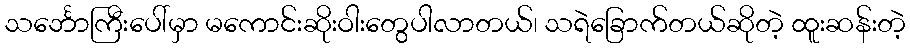
သင်္ဘောကြီးပေါ်မှာ မကောင်းဆိုးဝါးတွေပါလာတယ်၊ သရဲခြောက်တယ်ဆိုတဲ့ ထူးဆန်းတဲ့